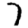
Digit: 7